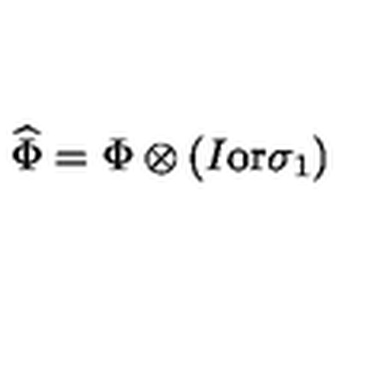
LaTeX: \widehat \Phi = \Phi \otimes ( I \mathrm { o r } \sigma _ { 1 } )